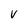
Character: V